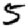
Digit: 5